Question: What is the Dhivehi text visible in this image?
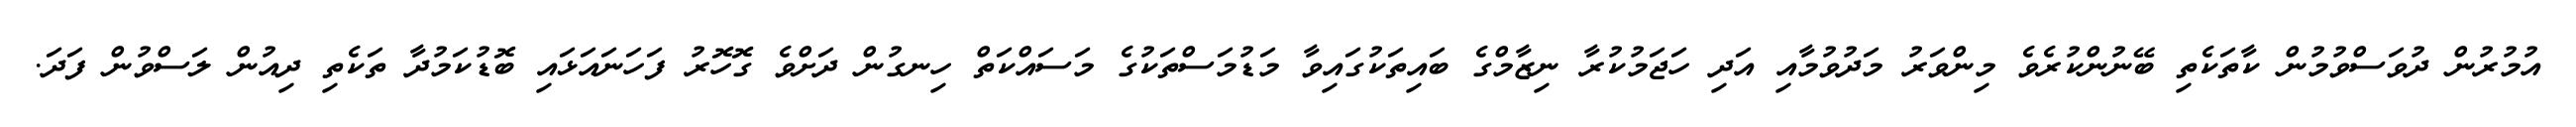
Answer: އުމުރުން ދުވަސްވުމުން ކާތަކެތި ބޭނުންކުރެވެ މިންވަރު މަދުވުމާއި އަދި ހަޖަމުކުރާ ނިޒާމްގެ ބައިތަކުގައިވާ މަޑުމަސްތަކުގެ މަސައްކަތް ހިނގުން ދަށްވެ ގޮހޮރު ފަހަނައަޅައި ބޮޑުކަމުދާ ތަކެތި ދިއުން ލަސްވުން ފަދަ.